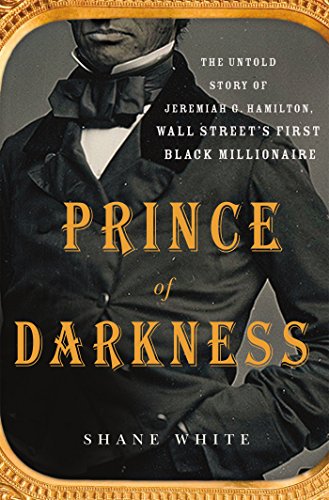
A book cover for Prince of Darkness: The Untold Story of Jeremiah G. Hamilton, Wall Street's First Black Millionaire; Shane White; Business & Money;